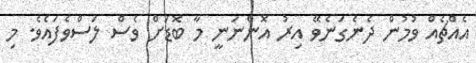
އެއްޗެއް ވުމުން ދެނެގަނެވޭ އިރު އޮންނަނީ މާ ބޮޑަށް ވެސް ލަސްވެފައެވެ. މި